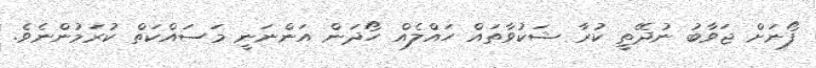
ފޯނަށް ޖަވާބު ނުދޭތީ ކުރާ ޝަކުވާތައް ހައްލެއް ހޯދަން އަންނަނީ މަސައްކަތް ކުރަމުންނެވެ.